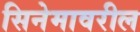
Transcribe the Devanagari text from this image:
सिनेमावरील